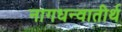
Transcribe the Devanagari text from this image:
नागधन्वातीर्थ